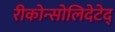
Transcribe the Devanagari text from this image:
रीकोन्सोलिदेटेद्